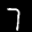
Label: 7